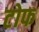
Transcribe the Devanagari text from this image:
टोफ